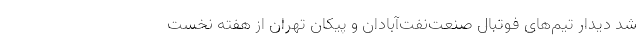
شد دیدار تیم‌های فوتبال صنعت‌نفت‌آبادان و پیکان تهران از هفته نخست